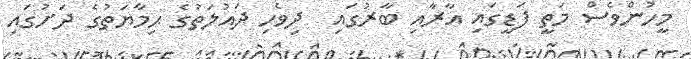
މީހުންވެސް މަތީ ފަޑީގައި އާރާއި ބާރުގައި  ދިވެހި ދައުލަތުގެ ޙިމާޔަތުގެ ދަށުގައި